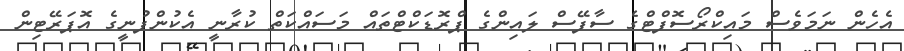
އެހެން ނަމަވެސް މައިކްރޯސޮފްޓްގެ ސާފޭސް ލައިންގެ ޕްރޮޑަކްޓްތައް މަސައްކަތް ކުރާނީ އެކުންފުނީގެ އޮޕަރޭޓިން